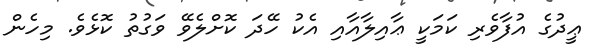
ޢީދުގެ އުފާވެރި ކަމަކީ ޢާއިލާއާއި އެކު ހޭދަ ކޮށްލެވޭ ވަގުތު ކޮޅެވެ. މިހެން